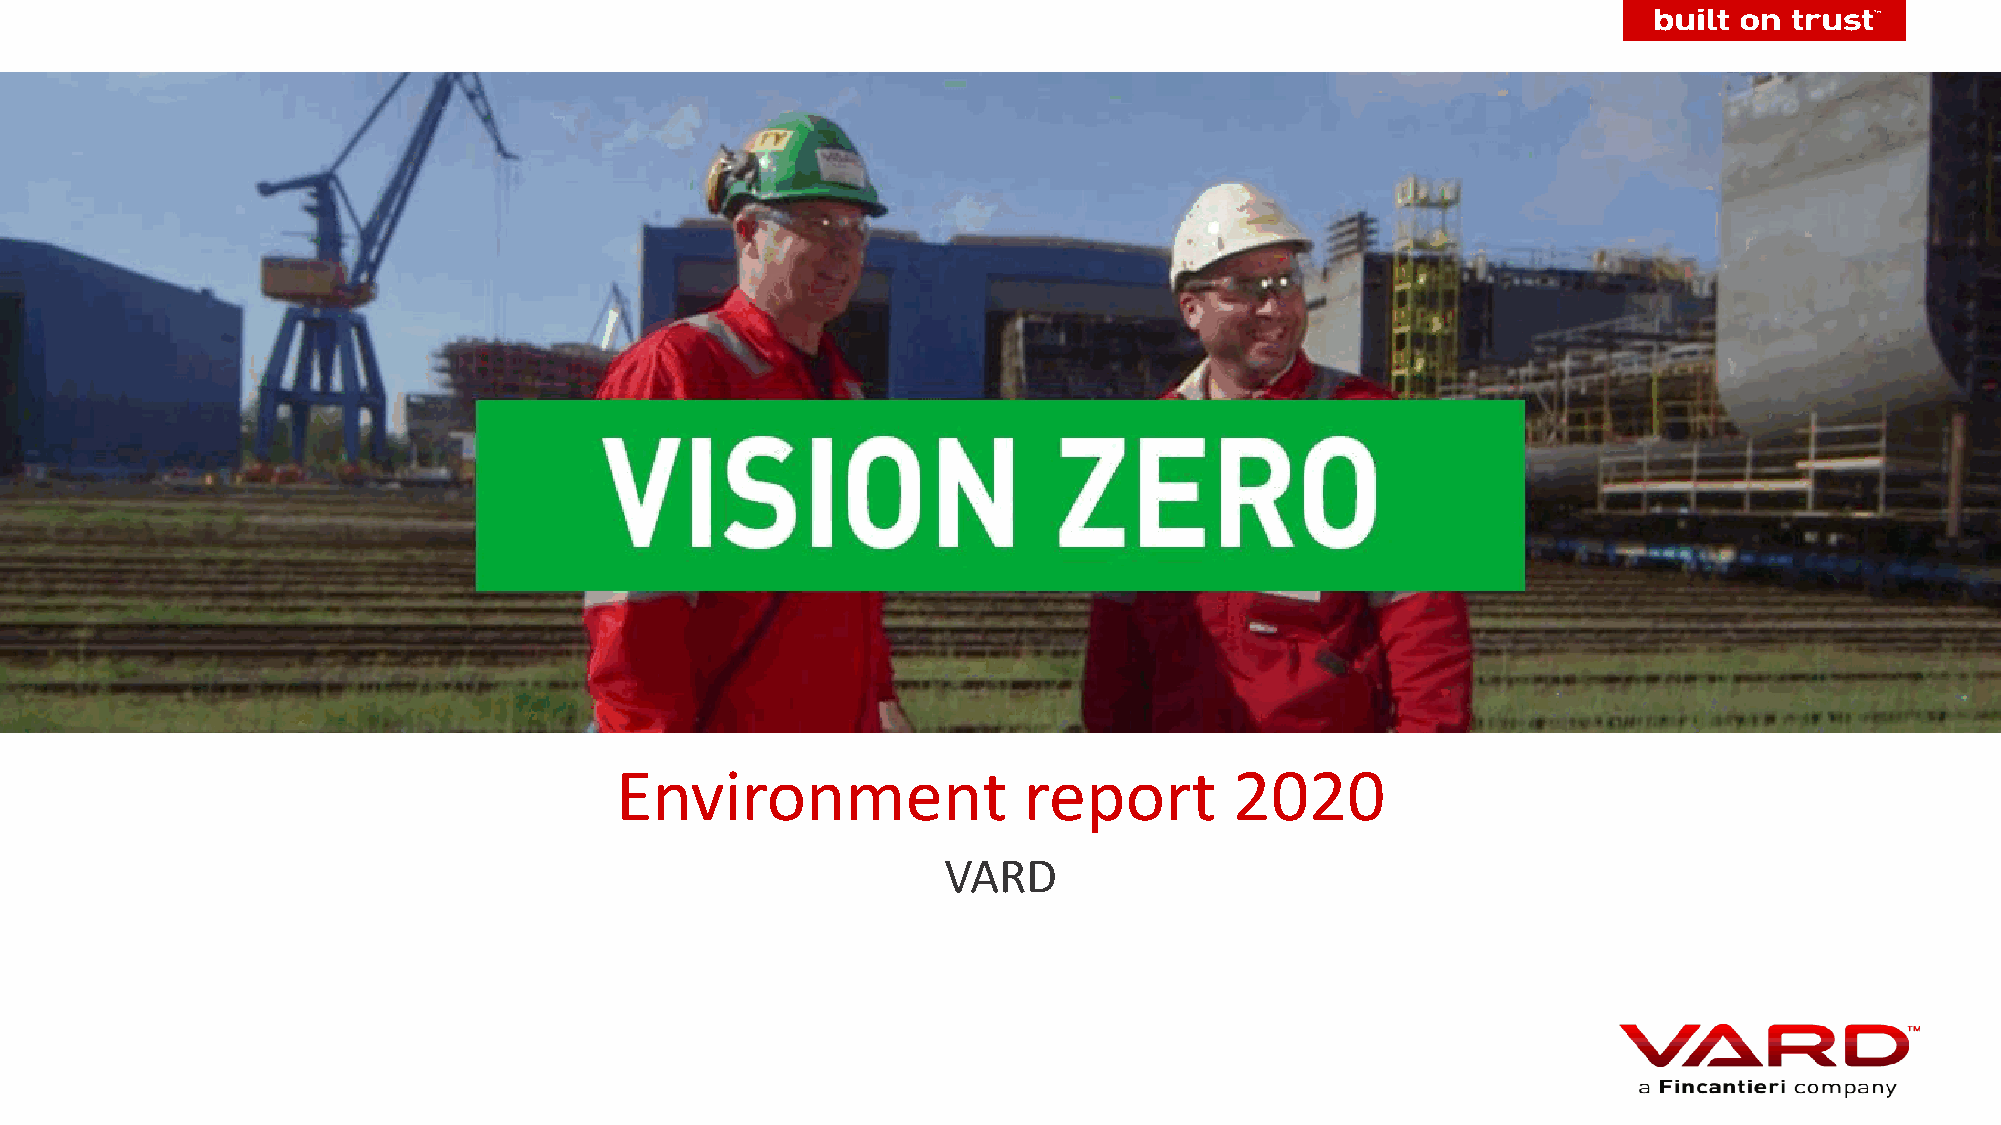
Environment                report        2020
 VARD
 European network for Health Technology Assessment | JA2 2012-2015 | www.eunethta.eu